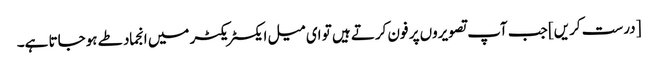
[درست کریں] جب آپ تصویروں پر فون کرتے ہیں تو ای میل ایکسٹریکٹر میں انجماد طے ہوجاتا ہے۔